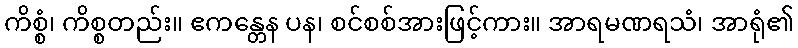
ကိစ္စံ၊ ကိစ္စတည်း။ ဧကန္တေန ပန၊ စင်စစ်အားဖြင့်ကား။ အာရမဏရသံ၊ အာရုံ၏